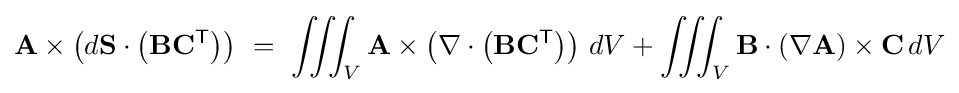
\mathbf {A} \times \left(d\mathbf {S} \cdot \left(\mathbf {B} \mathbf {C} ^{\textsf {T}}\right)\right)\ =\ \iiint _{V}\mathbf {A} \times \left(\nabla \cdot \left(\mathbf {B} \mathbf {C} ^{\textsf {T}}\right)\right)\,dV+\iiint _{V}\mathbf {B} \cdot (\nabla \mathbf {A} )\times \mathbf {C} \,dV